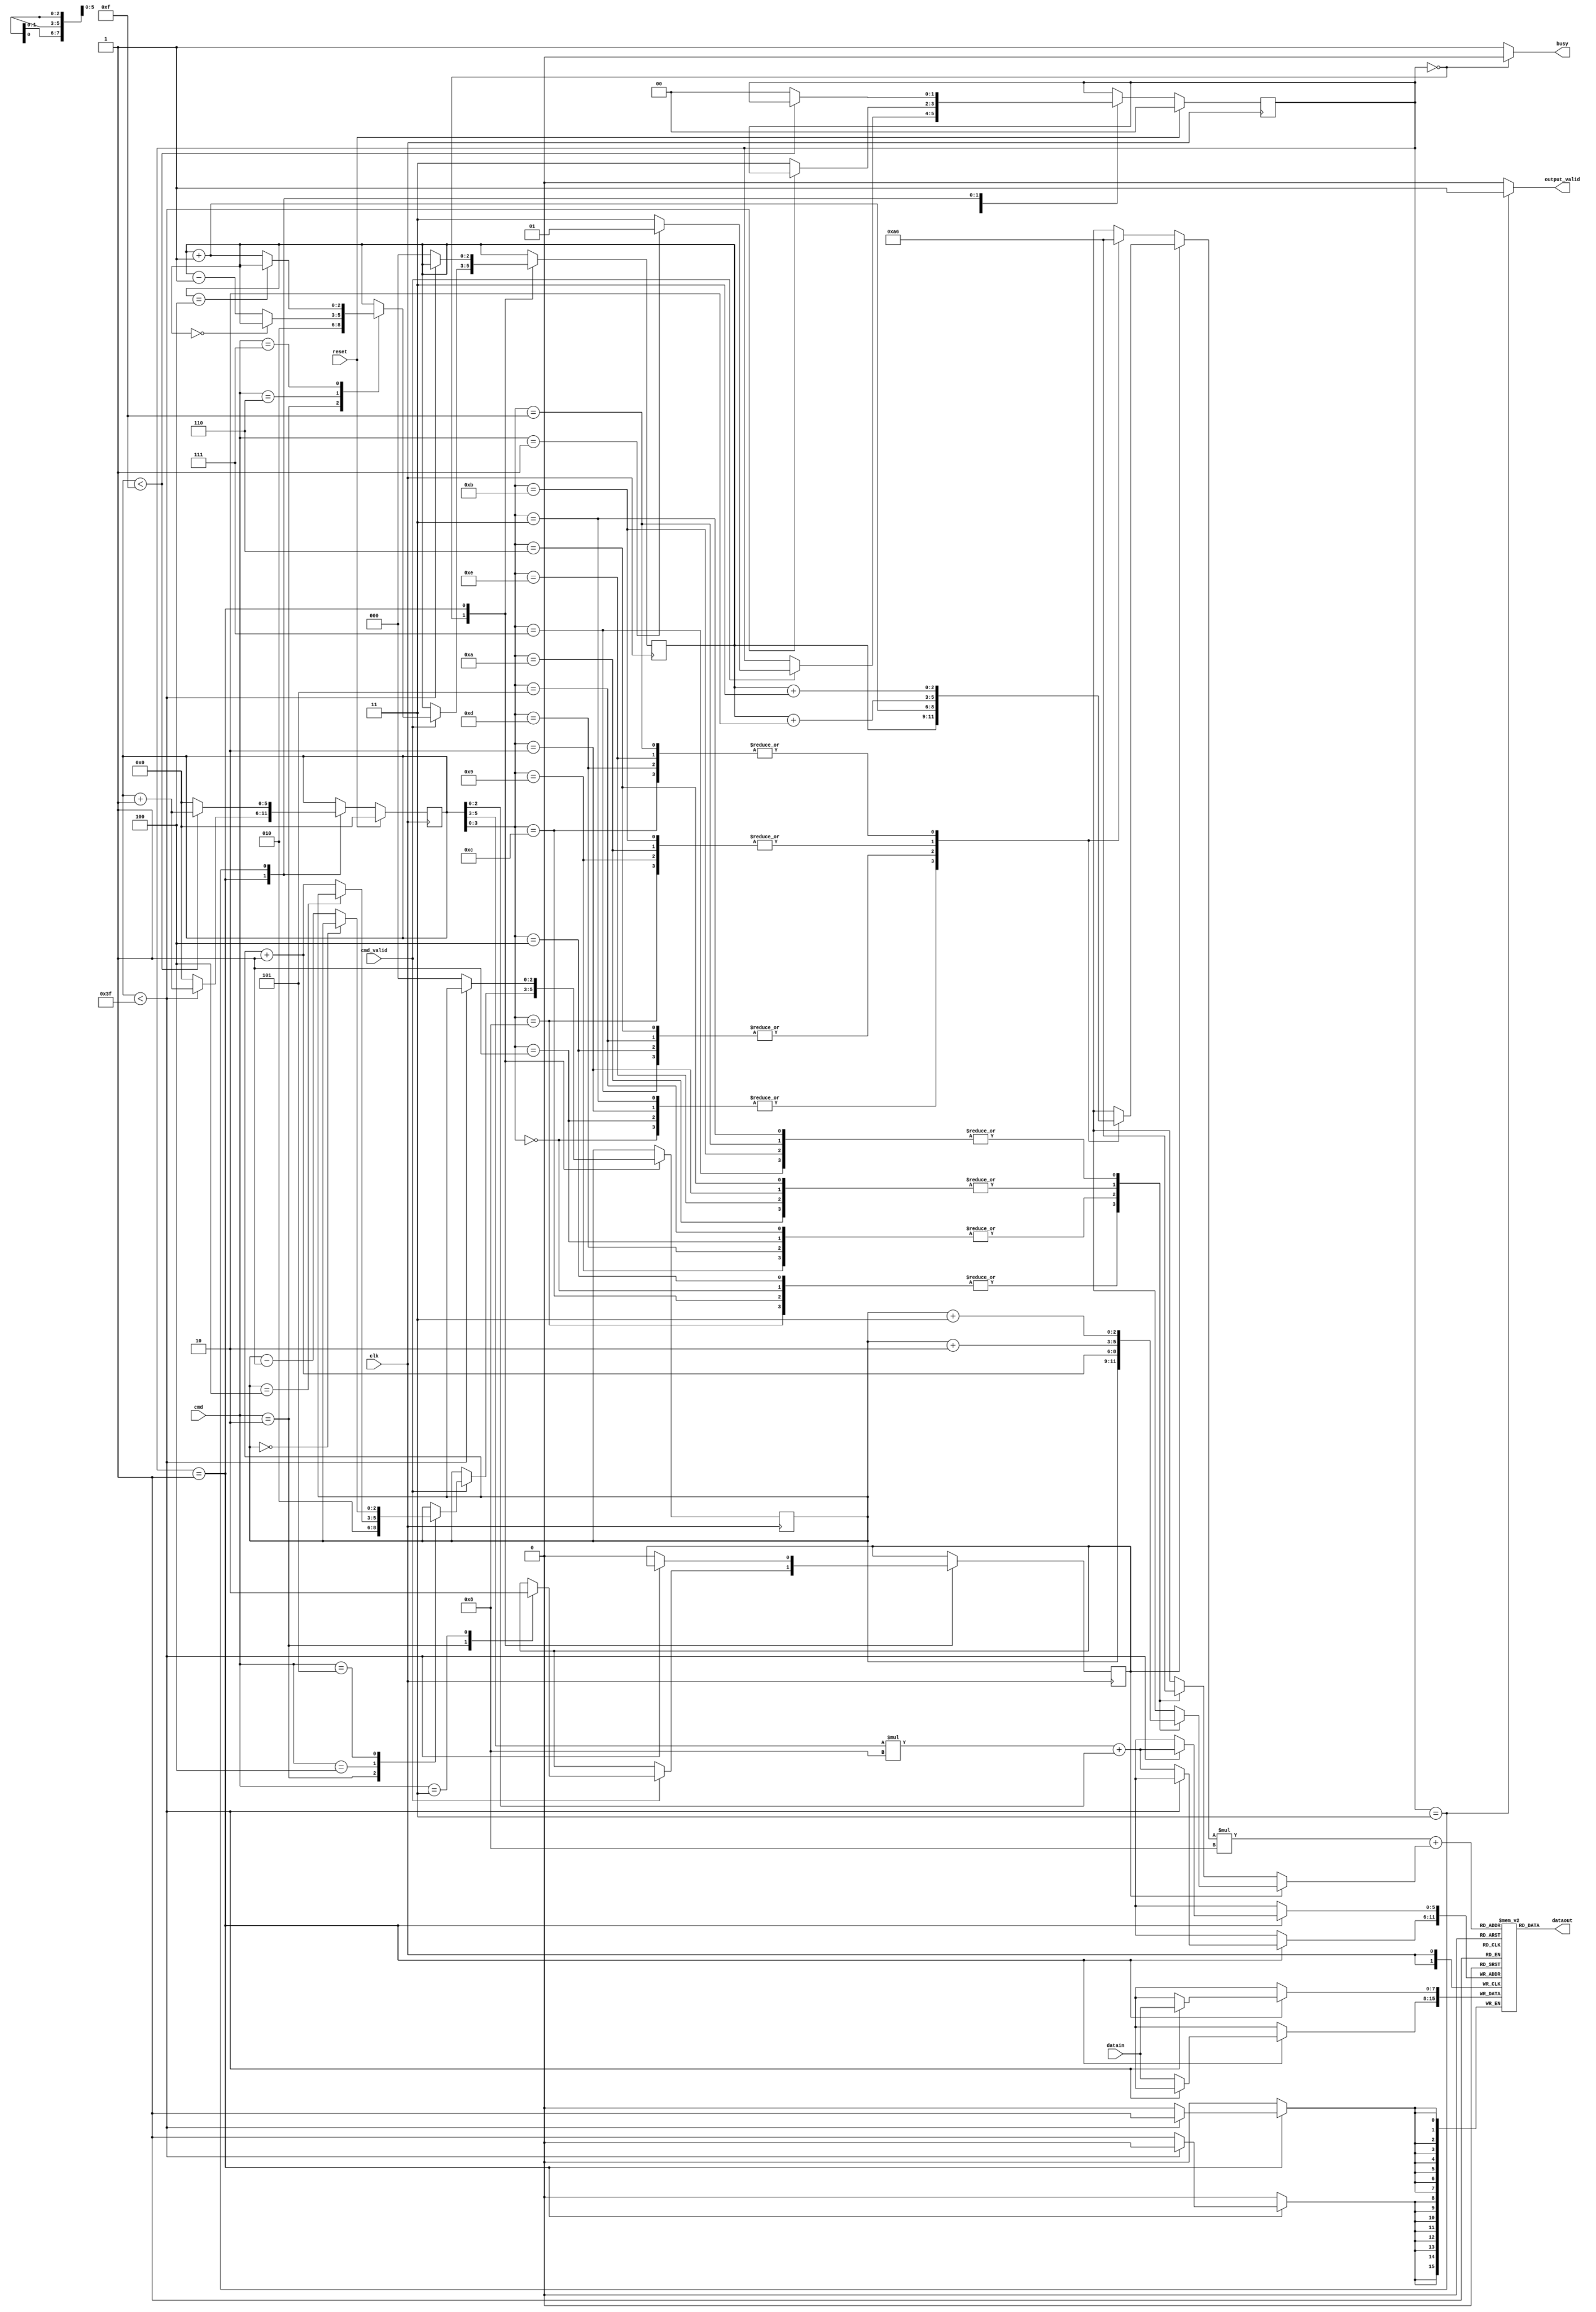
module LCD_CTRL(clk,reset,datain,cmd,cmd_valid,dataout,output_valid,busy);
input clk;
input reset;
input [7:0] datain;
input [2:0] cmd;
input cmd_valid;
output  [7:0] dataout;
output  output_valid;
output  busy;
reg [2:0]origin_x, origin_y;
reg	magnification;
//reg [7:0]img_buffer[0:63];
reg [7:0]img_buffer[0:7][0:7];
reg [5:0]counter;
reg [1:0] state;
wire [2:0]zoomouty[0:15];
wire [2:0]zoomoutx[0:15];
wire [2:0]zoominy[0:15];
wire [2:0]zoominx[0:15];
wire [2:0]addressy,addressx;
integer i;
assign zoomouty[0]=3'd0;
assign zoomouty[1]=3'd0;
assign zoomouty[2]=3'd0;
assign zoomouty[3]=3'd0;
assign zoomouty[4]=3'd2;
assign zoomouty[5]=3'd2;
assign zoomouty[6]=3'd2;
assign zoomouty[7]=3'd2;
assign zoomouty[8]=3'd4;
assign zoomouty[9]=3'd4;
assign zoomouty[10]=3'd4;
assign zoomouty[11]=3'd4;
assign zoomouty[12]=3'd6;
assign zoomouty[13]=3'd6;
assign zoomouty[14]=3'd6;
assign zoomouty[15]=3'd6;
assign zoomoutx[0]=3'd0;
assign zoomoutx[1]=3'd2;
assign zoomoutx[2]=3'd4;
assign zoomoutx[3]=3'd6;
assign zoomoutx[4]=3'd0;
assign zoomoutx[5]=3'd2;
assign zoomoutx[6]=3'd4;
assign zoomoutx[7]=3'd6;
assign zoomoutx[8]=3'd0;
assign zoomoutx[9]=3'd2;
assign zoomoutx[10]=3'd4;
assign zoomoutx[11]=3'd6;
assign zoomoutx[12]=3'd0;
assign zoomoutx[13]=3'd2;
assign zoomoutx[14]=3'd4;
assign zoomoutx[15]=3'd6;
////////////////////////////////////////
assign zoominy[0] =origin_y;
assign zoominy[1] =origin_y;
assign zoominy[2] =origin_y;
assign zoominy[3] =origin_y;
assign zoominy[4] =origin_y+3'd1;
assign zoominy[5] =origin_y+3'd1;
assign zoominy[6] =origin_y+3'd1;
assign zoominy[7] =origin_y+3'd1;
assign zoominy[8] =origin_y+3'd2;
assign zoominy[9] =origin_y+3'd2;
assign zoominy[10]=origin_y+3'd2;
assign zoominy[11]=origin_y+3'd2;
assign zoominy[12]=origin_y+3'd3;
assign zoominy[13]=origin_y+3'd3;
assign zoominy[14]=origin_y+3'd3;
assign zoominy[15]=origin_y+3'd3;
assign zoominx[0] =origin_x;
assign zoominx[1] =origin_x+3'd1;
assign zoominx[2] =origin_x+3'd2;
assign zoominx[3] =origin_x+3'd3;
assign zoominx[4] =origin_x;
assign zoominx[5] =origin_x+3'd1;
assign zoominx[6] =origin_x+3'd2;
assign zoominx[7] =origin_x+3'd3;
assign zoominx[8] =origin_x;
assign zoominx[9] =origin_x+3'd1;
assign zoominx[10]=origin_x+3'd2;
assign zoominx[11]=origin_x+3'd3;
assign zoominx[12]=origin_x;
assign zoominx[13]=origin_x+3'd1;
assign zoominx[14]=origin_x+3'd2;
assign zoominx[15]=origin_x+3'd3;
////////////////////////////////////////////

//////state machine///////////
always@(posedge clk)begin
if(reset)begin
state<=2'd0;
counter<=6'd0;
end
else begin
		case(state)
		2'd0:  	if(cmd_valid)	begin
									case(cmd)
									3'd1:	state<=2'd1;
									default:state<=2'd3;
									endcase
								end
		2'd1:					//load_data
								if(counter<6'd63)
									counter<=counter+6'd1;
								else begin
									counter<=0;
									state<=2'd3; end 
				
		2'd3:	begin 
					if(counter<6'd15)begin
						counter<=counter+6'd1;
						end
					else begin
						counter<=0;
						state<=2'd0;end
				end
		endcase			
end end
/////////functional work////////////
always@(posedge clk)begin

		case(state)
		2'd0:			if(cmd_valid)begin//decode operation
							case(cmd)
							3'd0:;	 //reflash
							3'd1:;	//load_data		
							3'd2:	begin//zoomin
									magnification<=1;
									{origin_y,origin_x}<={3'b010,3'b010};
									end
							3'd3:	begin//zoomout
									magnification<=0;
									end
							3'd4:	begin//shift right
										if(origin_x==3'b100)
											origin_x<=origin_x;
										else 
											origin_x<=origin_x+3'd1;
									end
							3'd5:	begin//shift left
										if(origin_x==3'b000)
											origin_x<=origin_x;
										else 
											origin_x<=origin_x-3'd1;
									end
							3'd6:	begin//shift up
										if(origin_y==3'b000)
											origin_y<=origin_y;
										else 
											origin_y<=origin_y-3'd1;
									end
							3'd7:	begin//shift down
										if(origin_y==3'b100)
											origin_y<=origin_y;
										else 
											origin_y<=origin_y+3'd1;
									end
							endcase
						end
		2'd1:			begin 	if(counter<6'd63)		
									img_buffer[counter[5:3]][counter[2:0]]<=datain;
								else begin
									img_buffer[counter[5:3]][counter[2:0]]<=datain;
									origin_x<=0;
									origin_y<=0;
									magnification<=0;
								end			
						end
		2'd3: 		;	
		endcase
end
assign	busy=(state==0)?0:1;
assign	output_valid=(state==2'd3 )? 1 :0;
assign	dataout=img_buffer[addressy][addressx];
assign	addressy=(magnification)? zoominy[counter]: zoomouty[counter];
assign	addressx=(magnification)? zoominx[counter]: zoomoutx[counter];
endmodule